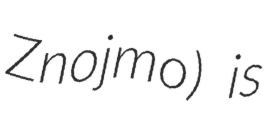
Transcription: Znojmo) is